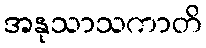
အနုသာသကာတိ